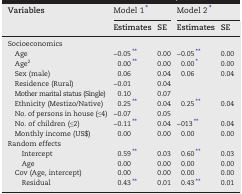
<table><thead><tr><td><b>Variables</b></td><td colspan="2"><b>Model 1⁎</b></td><td colspan="2"><b>Model 2⁎</b></td></tr><tr><td></td><td><b>Estimates</b></td><td><b>SE</b></td><td><b>Estimates</b></td><td><b>SE</b></td></tr></thead><tbody><tr><td>Socioeconomics</td><td></td><td></td><td></td><td></td></tr><tr><td> Age</td><td>−0.05⁎⁎</td><td>0.00</td><td>−0.05⁎⁎</td><td>0.00</td></tr><tr><td> Age<sup>2</sup></td><td>0.00⁎⁎</td><td>0.00</td><td>0.00⁎</td><td>0.00</td></tr><tr><td> Sex (male)</td><td>0.06</td><td>0.04</td><td>0.06</td><td>0.04</td></tr><tr><td> Residence (Rural)</td><td>−0.01</td><td>0.04</td><td></td><td></td></tr><tr><td> Mother marital status (Single)</td><td>0.10</td><td>0.07</td><td></td><td></td></tr><tr><td> Ethnicity (Mestizo/Native)</td><td>0.25⁎⁎</td><td>0.04</td><td>0.25⁎⁎</td><td>0.04</td></tr><tr><td> No. of persons in house (≤4)</td><td>−0.07</td><td>0.05</td><td></td><td></td></tr><tr><td> No. of children (≤2)</td><td>−0.11⁎⁎</td><td>0.04</td><td>−013⁎⁎</td><td>0.04</td></tr><tr><td> Monthly income (US$)</td><td>0.00</td><td>0.00</td><td>0.00</td><td>0.00</td></tr><tr><td>Random effects</td><td></td><td></td><td></td><td></td></tr><tr><td> Intercept</td><td>0.59⁎⁎</td><td>0.03</td><td>0.60⁎⁎</td><td>0.03</td></tr><tr><td> Age</td><td>0.00</td><td>0.00</td><td>0.00</td><td>0.00</td></tr><tr><td> Cov (Age, intercept)</td><td>0.00</td><td>0.00</td><td>0.00</td><td>0.00</td></tr><tr><td> Residual</td><td>0.43⁎⁎</td><td>0.01</td><td>0.43⁎⁎</td><td>0.01</td></tr></tbody></table>